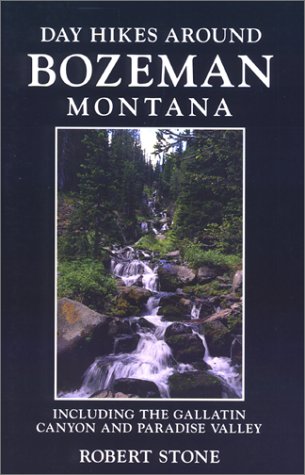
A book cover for Day Hikes Around Bozeman, Montana, 2nd edition: Including The Gallatin Canyon  and Paradise Valley(Day Hikes); Robert Stone; Travel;